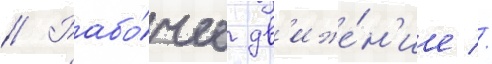
// Рабо́чее дв'иже́н'ие //